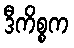
ဒီကိစ္စက